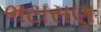
ભટાસણ